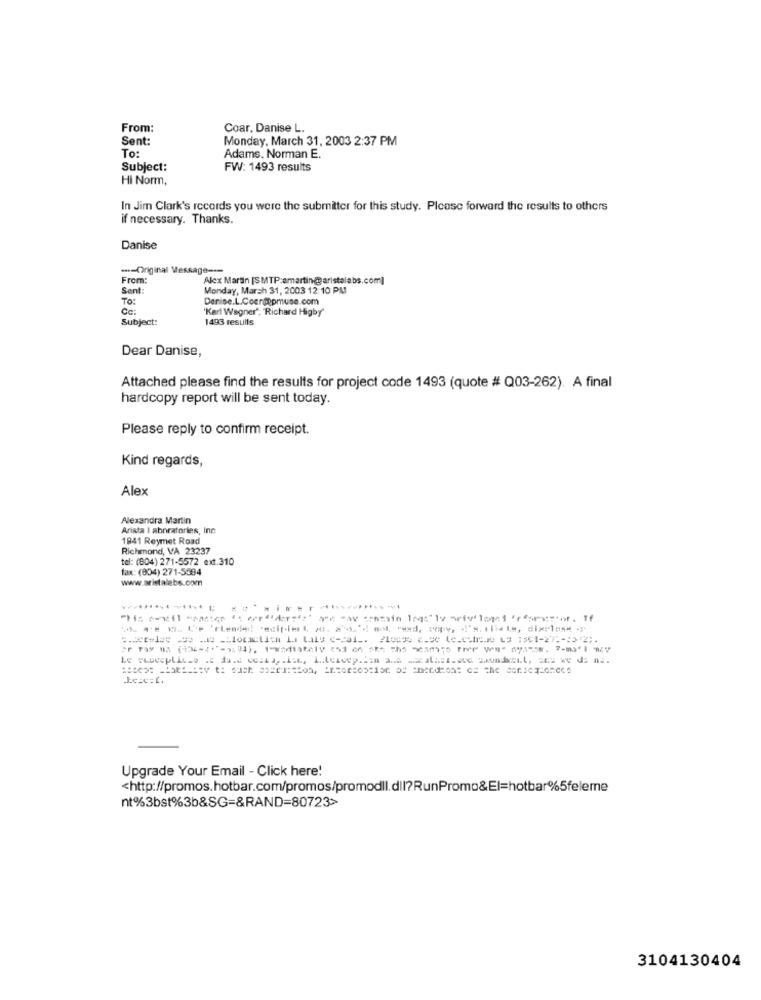
From:
Coar, Danise L.
Sent:
Monday, March 31, 2003 2:37 PM
To:
Adams. Norman E.
Subject:
FW: 1493 results
Hi Norm,
In Jim Clark's records you were the submitter for this study. Please forward the results to others
if necessary. Thanks.
Danise
--- Original Message ---
From:
Alex Martin [SMTP:amartin@aristalabs.com]
Sent:
Monday, March 31, 2003 12:10 PM
To:
Denise.L.Cocr@opmuse.com
Ce:
'Karl Wagner', Richard Higby
Subject:
1493 results
Dear Danise,
Attached please find the results for project code 1493 (quote # Q03-262). A final
hardcopy report will be sent today.
Please reply to confirm receipt.
Kind regards,
Alex
Alexandra Martin
Arista I aboratories, Inn
1941 Reymet Road
Richmond, VA 23237
tel: (804) 271-5572 ext.310
fax: (804) 271-5594
www.aristalabs.com
Upgrade Your Email - Click here!
<http://promos.hotbar.com/promos/promodll.dll?RunPromo&El=hotbar%5feleme
nt%3bst%3b&SG=&RAND=80723>
3104130404